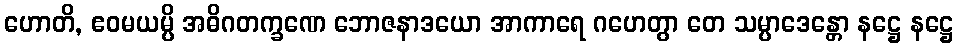
ဟောတိ, ဧဝမယမ္ပိ အဓိဂတက္ခဏေ ဘောဇနာဒယော အာကာရေ ဂဟေတွာ တေ သမ္ပာဒေန္တော နဋ္ဌေ နဋ္ဌေ